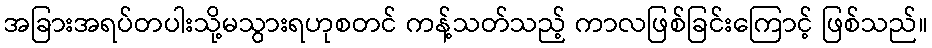
အခြားအရပ်တပါးသို့မသွားရဟုစတင် ကန့်သတ်သည့် ကာလဖြစ်ခြင်းကြောင့် ဖြစ်သည်။